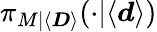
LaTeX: \pi_{M|\langle\boldsymbol{D}\rangle}(\cdot|\langle\boldsymbol{d}\rangle)